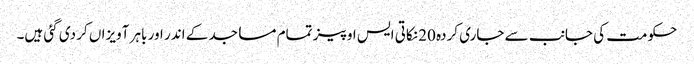
حکومت کی جانب سے جاری کردہ 20 نکاتی ایس او پیز تمام مساجد کے اندر اور باہر آویزاں کر دی گئی ہیں۔